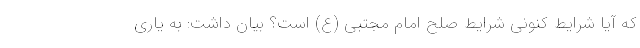
که آیا شرایط کنونی شرایط صلح امام مجتبی (ع) است؟ بیان داشت: به یاری